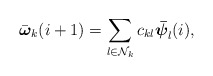
\begin{align*}\bar{{\boldsymbol {\omega}}}_k(i+1)= \sum\limits_{l\in\mathcal{N}_k} c_{kl}\boldsymbol{\bar{\psi}}_l(i),\end{align*}